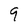
Character: 9